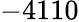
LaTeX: -4110